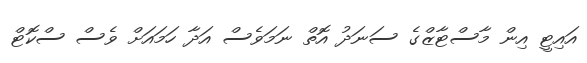
އައިޓީ އިން މާސްޓާޒްގެ ސަނަދު އޮތް ނަމަވެސް އަދާ ހަމައަށް ވެސް ސްކޮޓް